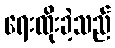
ရေးထိုးခဲ့သည်